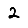
Digit: 2